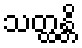
သတ္ထန္တိ